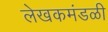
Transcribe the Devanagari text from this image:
लेखकमंडळी